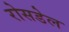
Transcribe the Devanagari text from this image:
रोसडेल